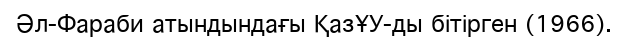
Әл-Фараби атындындағы ҚазҰУ-ды бітірген (1966).